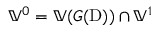
\mathbb { V } ^ { 0 } = \mathbb { V } ( G ( \mathrm { D } ) ) \cap \mathbb { V } ^ { 1 }